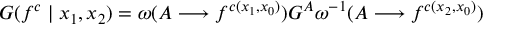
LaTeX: G ( f ^ { c } \mid x _ { 1 } , x _ { 2 } ) = \omega ( A \longrightarrow f ^ { c ( x _ { 1 } , x _ { 0 } ) } ) G ^ { A } \omega ^ { - 1 } ( A \longrightarrow f ^ { c ( x _ { 2 } , x _ { 0 } ) } )